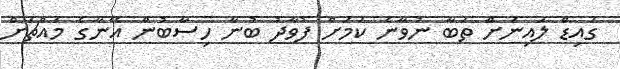
ގައިޑް ލައިނަށް ތަބާ ނުވާނެ ކަމަށް ފުވާދު ބުނާ ހިސާބުން އޭނާގެ މައްޗަށް